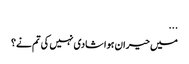
...
میں حیران ہوا شادی نہیں کی تم نے؟